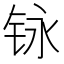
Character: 𮸃